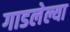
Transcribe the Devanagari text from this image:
गाडलेल्या